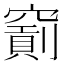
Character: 𥨐